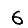
Digit: 6